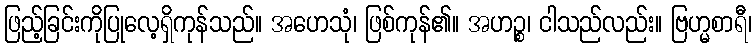
ဖြည့်ခြင်းကိုပြုလေ့ရှိကုန်သည်။ အဟေသုံ၊ ဖြစ်ကုန်၏။ အဟဉ္စ၊ ငါသည်လည်း။ ဗြဟ္မစာရီ၊